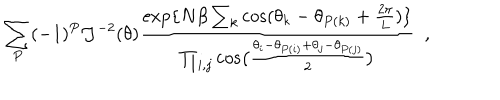
\sum _ { P } ( - 1 ) ^ { P } { \cal J } ^ { - 2 } ( \theta ) { \frac { \exp \{ N \beta \sum _ { k } \cos ( \theta _ { k } - \theta _ { P ( k ) } + { \frac { 2 \pi } { L } } ) \} } { \prod _ { i , j } \cos \bigl ( { \frac { \theta _ { i } - \theta _ { P ( i ) } + \theta _ { j } - \theta _ { P ( j ) } } { 2 } } \bigr ) } } ~ ~ ,